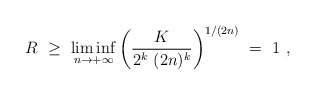
\begin{align*}R\ \ge\ \liminf_{n\to+\infty} \left( \frac K{2^k\ (2n)^k} \right)^{1/(2n)}\ =\ 1\ ,\end{align*}